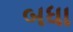
બધા